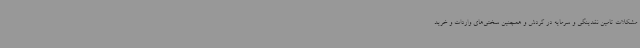
مشکلات تامین نقدینگی و سرمایه در گردش و همچنین سختی‌های واردات و خرید